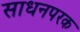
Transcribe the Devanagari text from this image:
साधनपरक